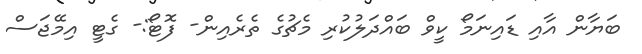
ބަޔާން އާއި ޑައިނަމޯ ކީވް ބައްދަލުކުރި މެޗުގެ ތެރެއިން- ފޮޓޯ:- ގެޓީ އިމޭޖަސް